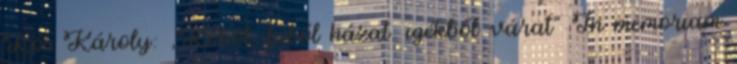
Kós Károly: „Kőből, fából házat. igékből várat” In memoriam